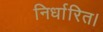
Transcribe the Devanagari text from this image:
निर्धारित।